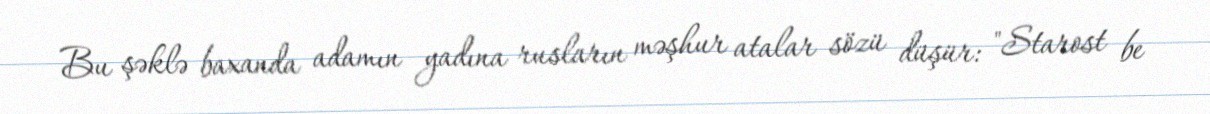
Bu şəklə baxanda adamın yadına rusların məşhur atalar sözü düşür: "Starost be